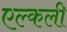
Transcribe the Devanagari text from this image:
एल्कली